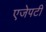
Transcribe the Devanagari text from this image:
एजेपटी